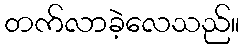
တက်လာခဲ့လေသည်။